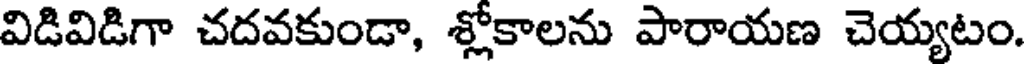
విడివిడిగా చదవకుండా, శ్లోకాలను పారాయణ చెయ్యటం.